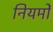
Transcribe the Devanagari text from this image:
नियमोँ